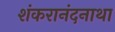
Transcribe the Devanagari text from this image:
शंकरानंदनाथा